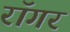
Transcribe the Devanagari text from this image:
रॉगर